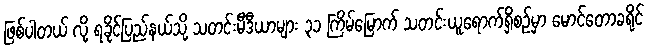
ဖြစ်ပါတယ် လို့ ရခိုင်ပြည်နယ်သို့ သတင်းမီဒီယာများ ၃၁ ကြိမ်မြောက် သတင်းယူရောက်ရှိစဉ်မှာ မောင်တောခရိုင်